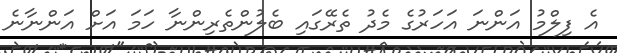
އެ ފިލްމު އަންނަ އަހަރުގެ މެދު ތެރޭގައި ބެލުންތެރިންނާ ހަމަ އަށް އަންނާނެ